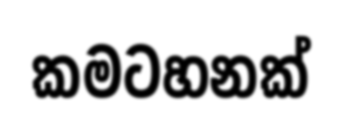
කමටහනක්